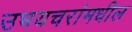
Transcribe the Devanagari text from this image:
उभयचरांमधील